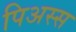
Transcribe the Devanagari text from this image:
पिअस्स